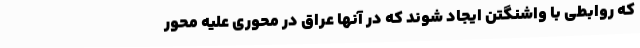
که روابطی با واشنگتن ایجاد شوند که در آنها عراق در محوری علیه محور